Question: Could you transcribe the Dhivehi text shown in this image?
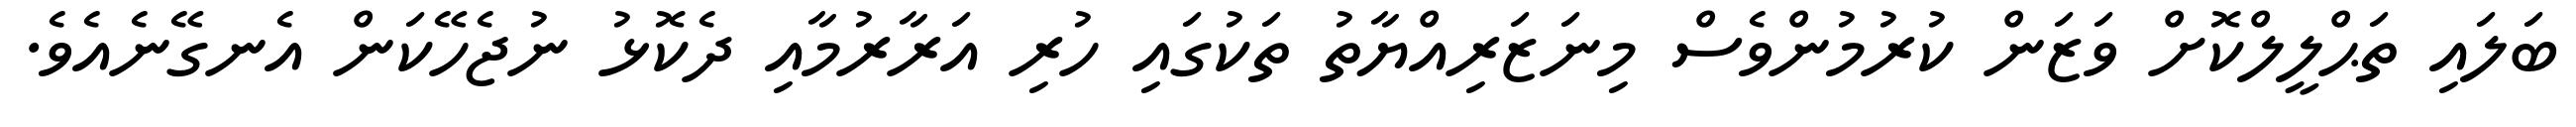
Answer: ބަލައި ތަޙްލީލްކޮށް ވަޒަން ކުރުމުންވެސް މިނަޒަރިއްޔާތު ތަކުގައި ހުރި އަރާރުމާއި ދެކޮޅު ނުޖެހޭކަން އެނގޭނެއެވެ.